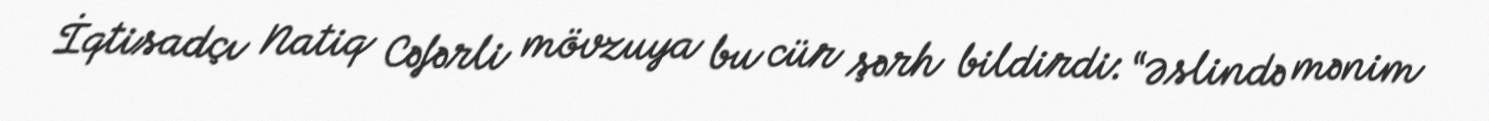
İqtisadçı Natiq Cəfərli mövzuya bu cür şərh bildirdi: “Əslində mənim